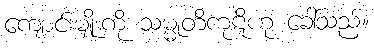
ကျောင်းမျိုးကို သမ္မုတိကုဋိဟု ခေါ်သည်။